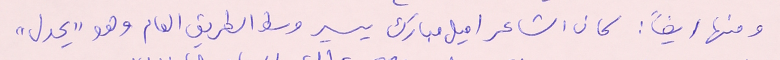
ومنها ايضاً : كان الشاعر اميل مبارك يسير وسط الطريق العام وهو "يحدل"